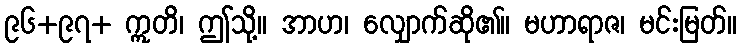
၉၆+၉၇+ ဣတိ၊ ဤသို့။ အာဟ၊ လျှောက်ဆို၏။ မဟာရာဇ၊ မင်းမြတ်။